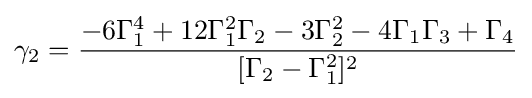
\gamma _{2}={\frac {-6\Gamma _{1}^{4}+12\Gamma _{1}^{2}\Gamma _{2}-3\Gamma _{2}^{2}-4\Gamma _{1}\Gamma _{3}+\Gamma _{4}}{[\Gamma _{2}-\Gamma _{1}^{2}]^{2}}}